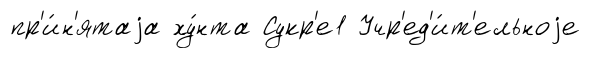
пр'и́н'ятаjа ху́нта Сукр'е1 Учр'ед'и́т'ельноjе